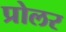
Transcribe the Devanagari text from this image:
प्रोलर